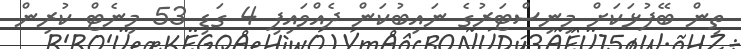
ތިން ބޭފުޅަކަށް މިނިސްޓަރުގެ ނައިބުކަން ދެއްވައިފި 4 ގަޑި 53 މިނެޓް ކުރިން